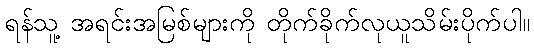
ရန်သူ့ အရင်းအမြစ်များကို တိုက်ခိုက်လုယူသိမ်းပိုက်ပါ။